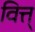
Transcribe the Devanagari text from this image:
वित्त्